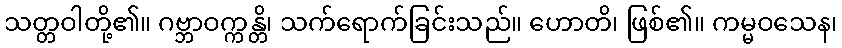
သတ္တဝါတို့၏။ ဂဗ္ဘာဝက္ကန္တိ၊ သက်ရောက်ခြင်းသည်။ ဟောတိ၊ ဖြစ်၏။ ကမ္မဝသေန၊